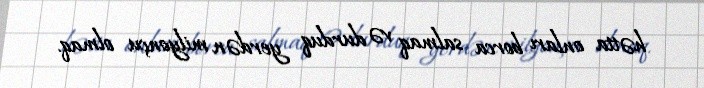
hətta onları borca salmaq və durduq yerdən milyonçu olmaq.